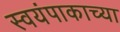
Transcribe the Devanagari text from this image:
स्वयंपाकाच्या